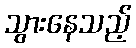
သွားနေသည့်